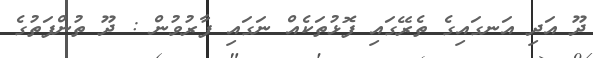
ދޫ އަދި އަނގައިގެ ތެރޭގައި ފޮޅުތަކެއް ނަގައި ފާރުވުން : ދޫ ތުންފަތުގެ